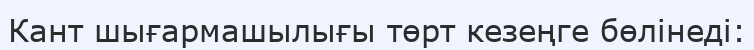
Кант шығармашылығы төрт кезеңге бөлінеді: